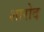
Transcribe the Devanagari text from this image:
शारोद